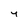
Character: y